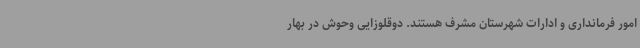
امور فرمانداری و ادارات شهرستان مشرف هستند. دوقلوزایی وحوش در بهار